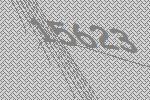
15623